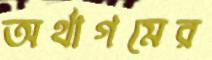
অর্থাগমের